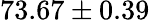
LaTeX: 73.67\pm 0.39